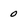
Character: o